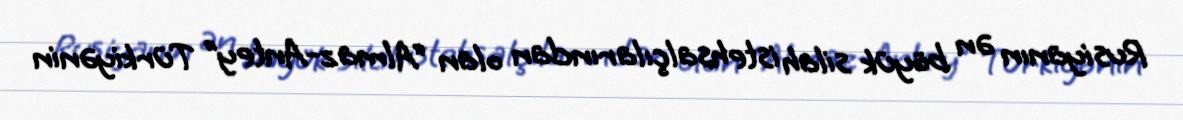
Rusiyanın ən böyük silah istehsalçılarından olan “Almaz-Antey” Türkiyənin